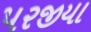
પરજીયા